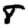
Digit: 8